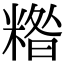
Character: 糌